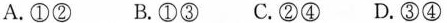
A.①② B.①③ C.②④ C.③④